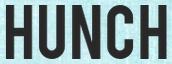
HUNCH